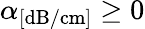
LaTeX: \alpha_{[\mathrm{dB/cm}]}\geq 0